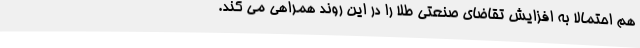
هم احتمالا به افزایش تقاضای صنعتی طلا را در این روند همراهی می کند.